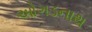
ઓગડનાથ